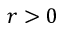
r > 0